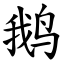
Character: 鹅